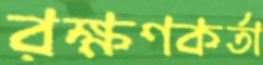
রক্ষণকর্তা